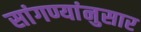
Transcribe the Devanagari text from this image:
सांगण्यांनुसार